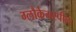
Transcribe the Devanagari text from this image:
ग्लौकेनस्पील